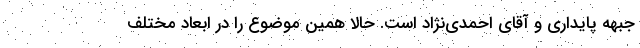
جبهه پایداری و آقای احمدی‌نژاد است. حالا همین موضوع را در ابعاد مختلف